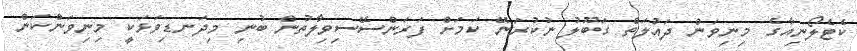
ކެޓެލޯނިއާގެ މިނިވަން ދައުލަތް ގަބޫލު ނުކުރަނޭ ކަމަށް ފަރަންސޭސިވިލާތުން ބުނި މިދަނޑިވަޅަކީ މިނިވަންކަން